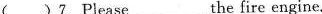
( )7.Please___the fire engine.